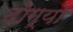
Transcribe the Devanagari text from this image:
दोग्यो